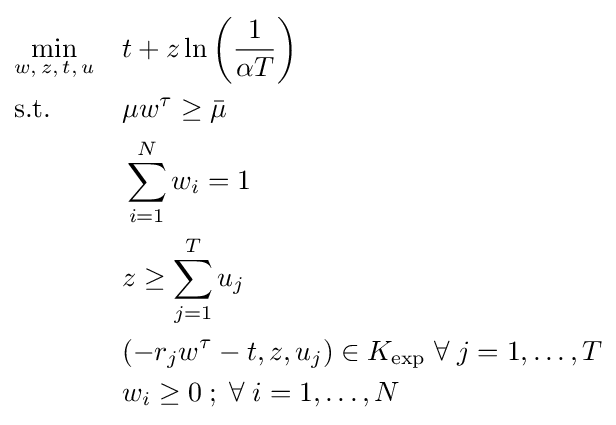
{\begin{aligned}&{\underset {w,\,z,\,t,\,u}{\text{min}}}&&t+z\ln \left({\frac {1}{\alpha T}}\right)\\&{\text{s.t.}}&&\mu w^{\tau }\geq {\bar {\mu }}\\&&&\sum _{i=1}^{N}w_{i}=1\\&&&z\geq \sum _{j=1}^{T}u_{j}\\&&&(-r_{j}w^{\tau }-t,z,u_{j})\in K_{\text{exp}}\;\forall \;j=1,\ldots ,T\\&&&w_{i}\geq 0\;;\;\forall \;i=1,\ldots ,N\\\end{aligned}}